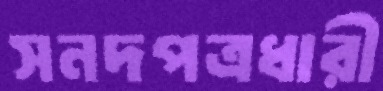
সনদপত্রধারী